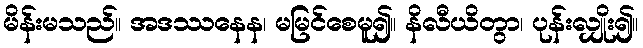
မိန်းမသည်။ အဒဿနေန၊ မမြင်စေမူ၍။ နိလီယိတွာ၊ ပုန်းလျှိုး၍။